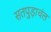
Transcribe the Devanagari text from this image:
सतपुड़ाचंल